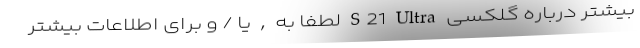
بیشتر درباره گلکسی S21 Ultra لطفا به , یا / و برای اطلاعات بیشتر